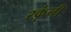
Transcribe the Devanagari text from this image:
रकृंनी